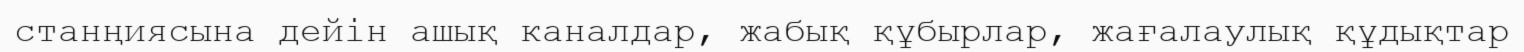
станңиясына дейін ашық каналдар, жабық құбырлар, жағалаулық құдықтар